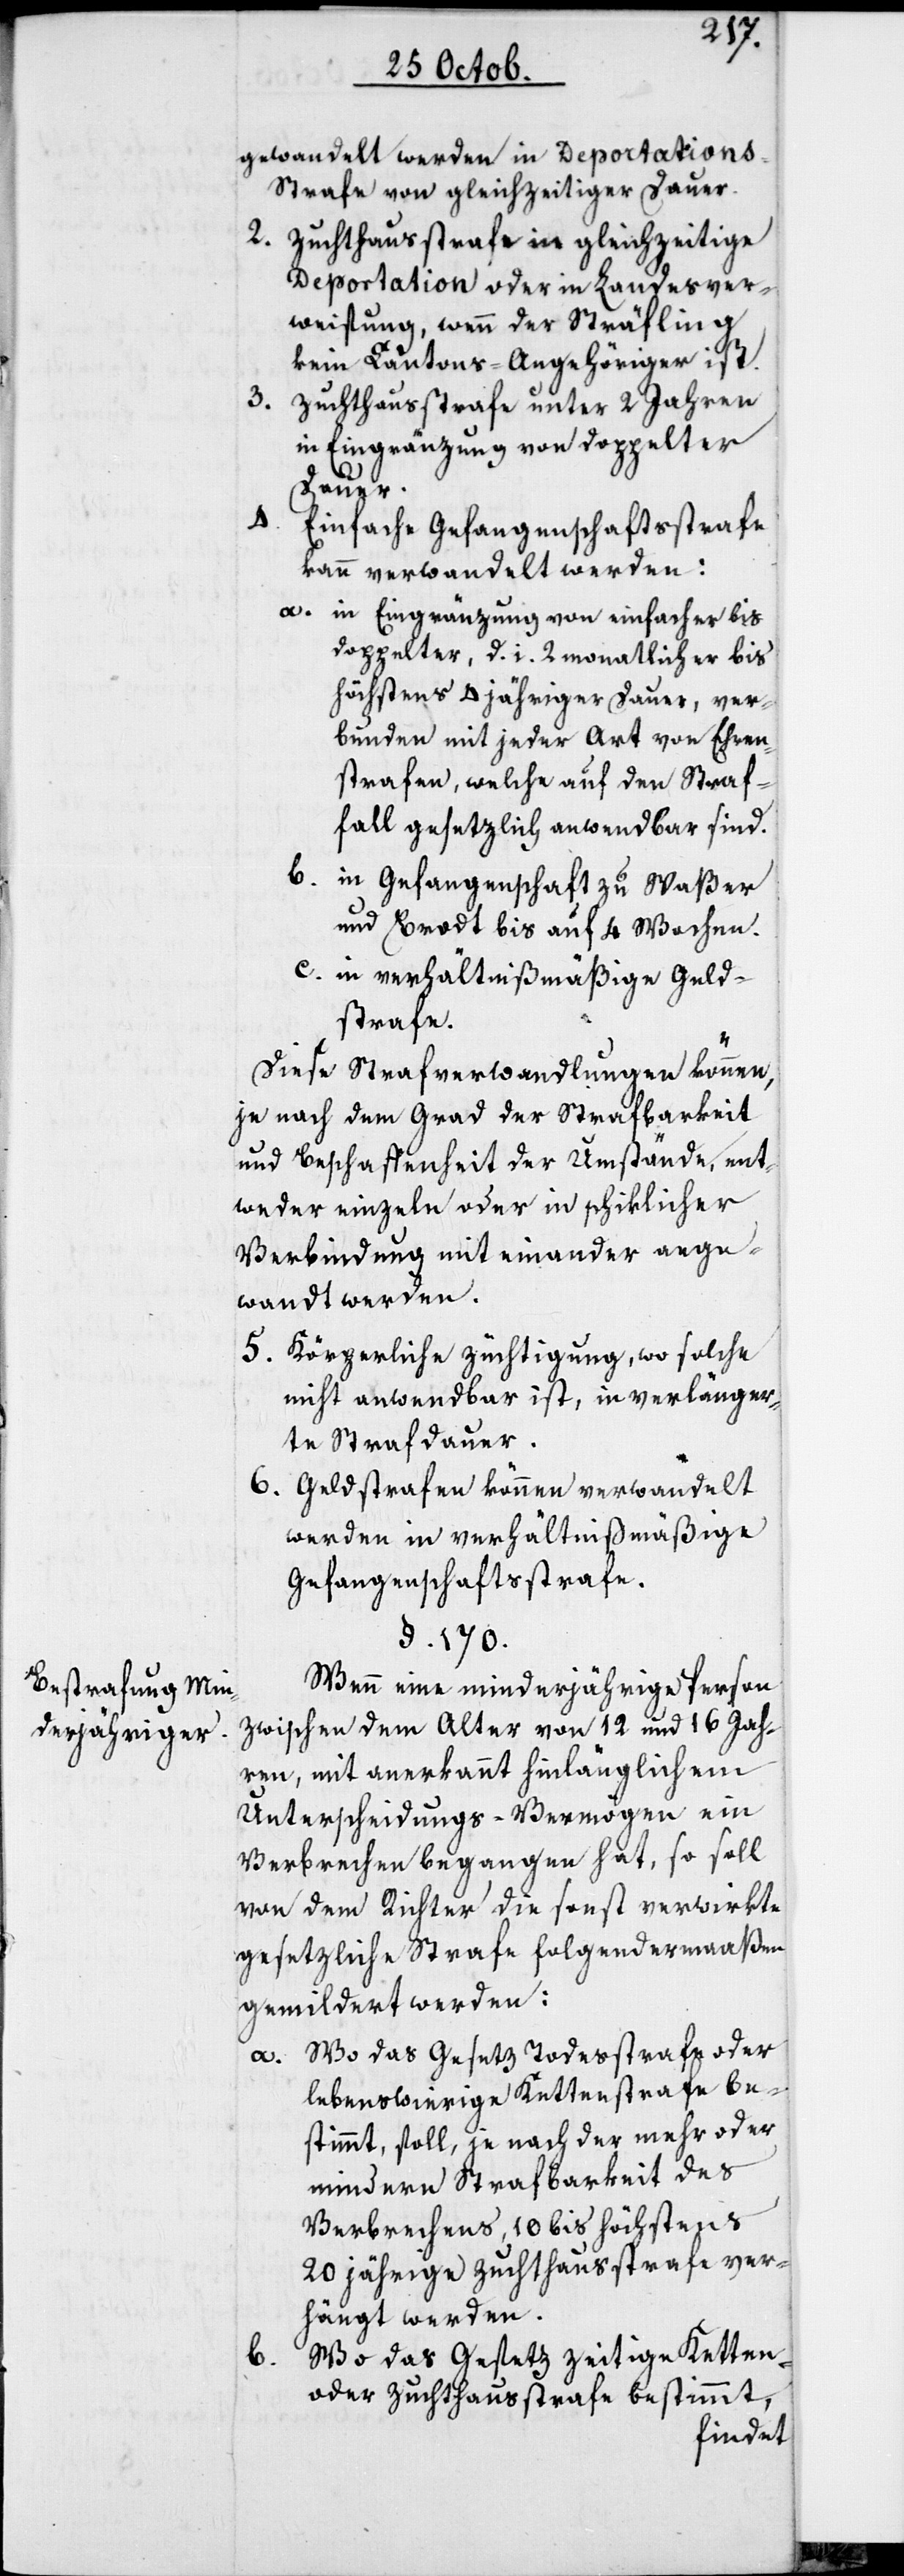
Bestrafung Min¬
derjähriger.

b.

gewandelt werden in Deportation¬
s-Strafe von gleichzeitiger Dauer.
2. Zuchthausstrafe in gleichzeitige
Deportation oder in Landesver¬
weisung, wenn der Sträfling
kein Cantons-Angehöriger ist.
3. Zuchthausstrafe unter 2 Jahren
in Eingränzung von doppelter
Dauer.
4.
Einfache Gefangenschaftsstrafe
kann verwandelt werden:
a. in Eingränzung von einfacher bis
doppelter, d. i. 2 monatlicher bis
höchstens 4 jähriger Dauer, ver¬
bunden mit jeder Art von Ehren¬
strafen, welche auf den Straf¬
fall gesetzlich anwendbar sind.
b. in Gefangenschaft zu Waßer
und Brodt bis auf 4 Wochen.
c. in verhältnißmäßige Geld¬
strafe.
Diese Strafverwandlungen können
je nach dem Grad der Strafbarkeit
und Beschaffenheit der Umstände, ent¬
weder einzeln oder in schiklicher
Verbindung mit einander ange¬
wandt werden.
5. Körperliche Züchtigung, wo solche
nicht anwendbar ist, in verlänger¬
te Strafdauer.
6. Geldstrafen können verwandelt
werden in verhältnißmäßige
Gefangenschaftsstrafe.
§. 170.
Wenn eine minderjährige Person
zwischen dem Alter von 12 und 16 Jah¬
ren, mit anerkannt hinlänglichem
Unterscheidungs-Vermögen ein
Verbrechen begangen hat, so soll
von dem Richter die sonst verwirkte
gesetzliche Strafe folgendermaßen
gemildert werden:
a. Wo das Gesetz Todesstrafe oder
lebenswierige Kettenstrafe be¬
stimmt, soll, je nach der mehr oder
mindern Strafbarkeit des
Verbrechens, 10 bis höchstens
20 jährige Zuchthausstrafe ver¬
hängt werden.
Wo das Gesetz zeitige Ketten-
oder Zuchthausstrafe bestimmt,